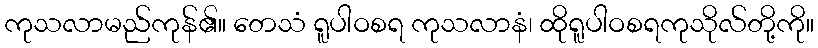
ကုသလာမည်ကုန်၏။ တေသံ ရူပါဝစရ ကုသလာနံ၊ ထိုရူပါဝစရကုသိုလ်တို့ကို။